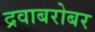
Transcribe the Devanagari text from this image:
द्रवाबरोबर